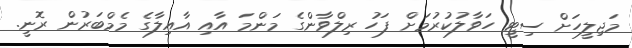
މަޖިލީހަށް ސިޓީ ހަވާލުކުރުމަށް ފަހު ރިލްވާންގެ މަންމަ އާއި އާއިލާގެ މެމްބަރުން ރޮނީ.